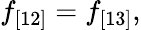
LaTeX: f_{[12]}=f_{[13]},